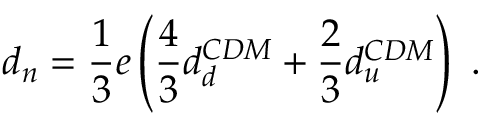
d _ { n } = \frac { 1 } { 3 } e \left( \frac { 4 } { 3 } d _ { d } ^ { C D M } + \frac { 2 } { 3 } d _ { u } ^ { C D M } \right) \ .